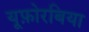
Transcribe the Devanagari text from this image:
यूफ़ोरबिया